Scottish Leaving Certificate Examination, 1956
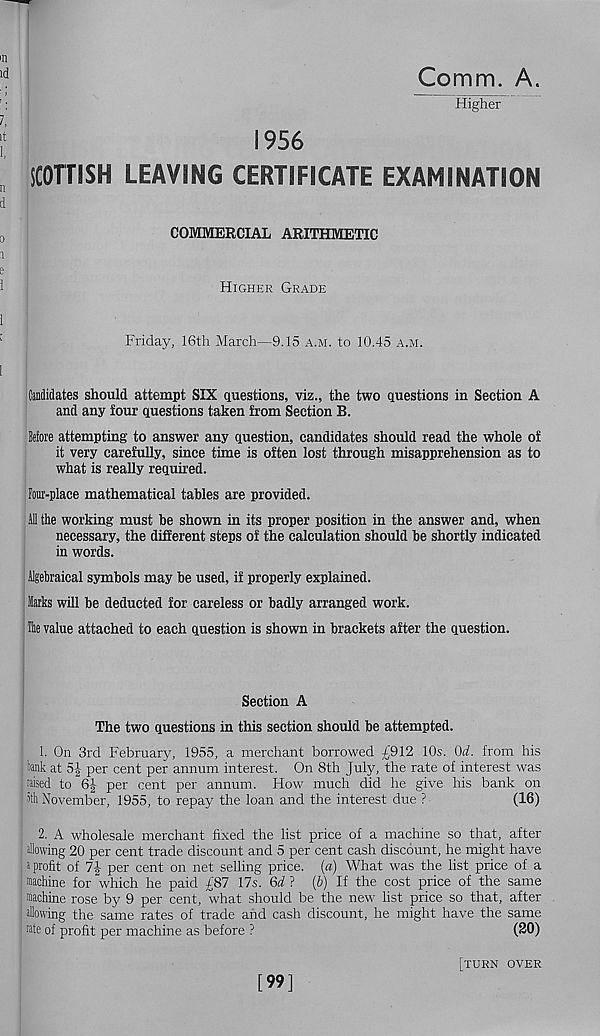
Comm. A
Higher
1956
iCOTTISH LEAVING CERTIFICATE EXAMINATION
COMMERCIAL ARITHMETIC
Higher Grade
Friday, 16th March—9.15 a.m. to 10.45 a.m.
Candidates should attempt SIX questions, viz., the two questions in Section A
and any four questions taken from Section B.
Beta attempting to answer any question, candidates should read the whole of
it very carefully, since time is often lost through misapprehension as to
what is really required.
Four-place mathematical tables are provided.
AD the working must be shown in its proper position in the answer and, when
necessary, the different steps of the calculation should be shortly indicated
in words.
Mgebraical symbols may be used, if properly explained.
Marks will be deducted for careless or badly arranged work.
The value attached to each question is shown in brackets after the question.
Section A
The two questions in this section should be attempted.
1. On 3rd February, 1955, a merchant borrowed £912 10s. Qd. from his
hank at 5J per cent per annum interest. On 8th July, the rate of interest was
raised to 6| per cent per annum. How much did he give his bank on
ath November, 1955, to repay the loan and the interest due ?
(16)
2. A wholesale merchant fixed the list price of a machine so that, after
aUowing 20 per cent trade discount and 5 per cent cash discount, he might have
a profit of 7-|- per cent on net selling price. («) What was the list price of a
machine for which he paid £87 17s. 6^? (6) If the cost price of the same
machine rose by 9 per cent, what should be the new list price so that, after
allowing the same rates of trade and cash discount, he might have the same
rate of profit per machine as before ?
(20)
[99]
[turn over